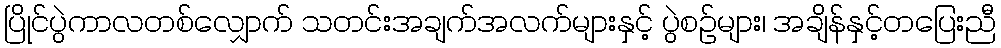
ပြိုင်ပွဲကာလတစ်လျှောက် သတင်းအချက်အလက်များနှင့် ပွဲစဉ်များ၊ အချိန်နှင့်တပြေးညီ